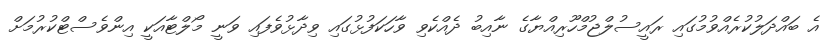
އެ ބައްދަލުކުރެއްވުމުގައި ރައީސުލްޖުމްހޫރިއްޔާގެ ނާއިބު ދެއްކެވި ވާހަކަފުޅުގައި ވިދާޅުވެފައި ވަނީ މޯލްޓާއަކީ އިންވެސްޓްކުރުމަށް